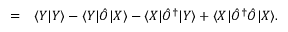
\begin{array} { r l } { = } & { { } { \langle { Y } | { Y } \rangle } - { \langle { Y } | } \hat { O } { | { X } \rangle } - { \langle { X } | } \hat { O } ^ { \dagger } { | { Y } \rangle } + { \langle { X } | } \hat { O } ^ { \dagger } \hat { O } { | { X } \rangle } . } \end{array}